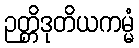
ဉတ္တိဒုတိယကမ္မံ